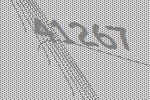
41267